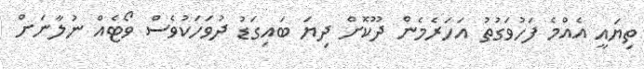
ތިޔައީ އެއްމެ ފަހުވަގުތު އަހަރެމެން ދޫކޮށް ދިޔަ ބައިގަޑު ދުވަހަކުވެސް ވޯޓެއް ނުލާނަށް